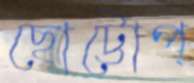
ছোট্টোপ্